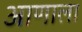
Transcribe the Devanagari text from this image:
आणाला